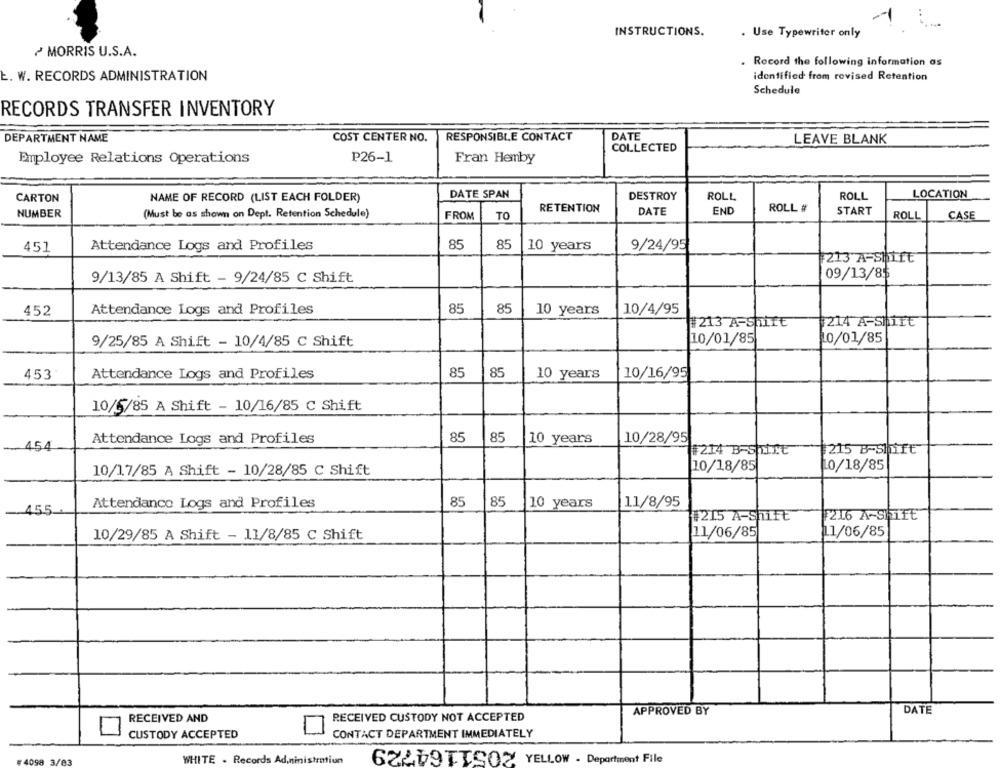
1
INSTRUCTIONS.
. Use Typewriter only
MORRIS U.S.A.
. Record the following information as
E. W. RECORDS ADMINISTRATION
identified from revised Retention
Schedule
RECORDS TRANSFER INVENTORY
DEPARTMENT NAME
COST CENTER NO.
RESPONSIBLE CONTACT
DATE
COLLECTED
LEAVE BLANK
Employee Relations Operations
P26-1
Fran Hemby
LOCATION
CARTON
NAME OF RECORD (LIST EACH FOLDER)
DATE SPAN
DESTROY
ROLL
ROLL
RETENTION
ROLL #
NUMBER
(Must be as shown on Dept. Retention Schedule)
FROM
TO
DATE
END
START
ROLL
CASE
Attendance Logs and Profiles
85
85
10 years
9/24/95
451
213 AFShift
09/13/85
9/13/85 A Shift - 9/24/85 C Shift
452
Attendance Logs and Profiles
85
85
10 years
10/4/95
214 A-Shirt
213 A-Shirt
10/01/85
10/01/85
9/25/85 A Shift - 10/4/85 C Shift
453
Attendance Logs and Profiles
85
85
10 years
10/16/95
10/5/85 A Shift - 10/16/85 C Shift
Attendance Logs and Profiles
85
85
10 years
10/28/95
454
$214 B-shirt
215 B-Shift
10/18/85
0/18/85
10/17/85 A Shift - 10/28/85 C Shift
Attendance Logs and Profiles
85
85
10 years
11/8/95
455
#215 A-Shift
216 A-SHITE
10/29/85 A Shift - 11/8/85 C Shift
11/06/85
11/06/85
APPROVED BY
DATE
RECEIVED AND
RECEIVED CUSTODY NOT ACCEPTED
CUSTODY ACCEPTED
CONTACT DEPARTMENT IMMEDIATELY
4098
V/A3
WHITE . Records Ad,ninistration
62269TICO> YELLOW . Department File